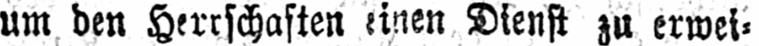
um den Herrschaften einen Dienst zu erwei⸗